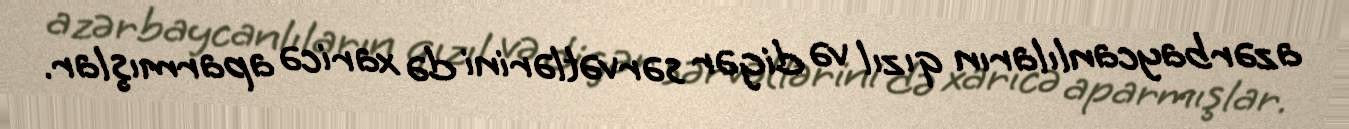
azərbaycanlıların qızıl və digər sərvətlərini də xaricə aparmışlar.